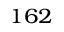
^ { 1 6 2 }